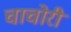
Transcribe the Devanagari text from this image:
चाचोरी